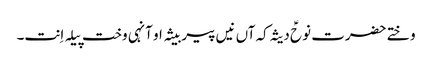
وختے حضرت نوحؑ دیثہ کہ آں نیں پیر بیثہ او آنہی وخت پیلہ اِنت۔